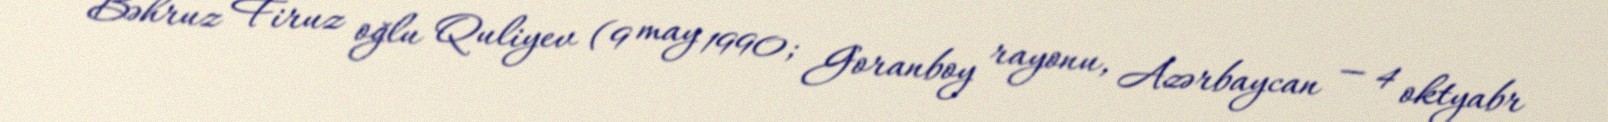
Bəhruz Firuz oğlu Quliyev (9 may 1990; Goranboy rayonu, Azərbaycan — 4 oktyabr